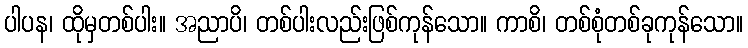
ပါပန၊ ထိုမှတစ်ပါး။ အညာပိ၊ တစ်ပါးလည်းဖြစ်ကုန်သော။ ကာစိ၊ တစ်စုံတစ်ခုကုန်သော။